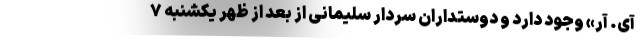
آی. آر» وجود دارد و دوستداران سردار سلیمانی از بعد از ظهر یکشنبه ۷